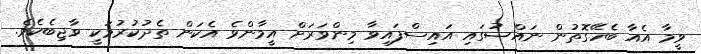
ވީމާ އެއާ ބެހޭގޮތުން ނައްޞުގައި އައިސްފައިވާ މިންވަރަށް އީމާންވެ އެކަން ތެދުކުރުމަކީ ވާޖިބެކެވެ.